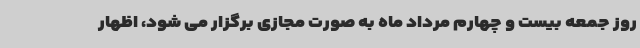
روز جمعه بیست و چهارم مرداد ماه به صورت مجازی برگزار می شود، اظهار